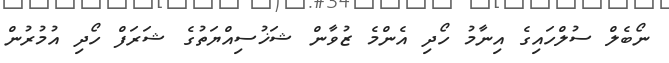
ނޯބެލް ސުލްހައިގެ އިނާމު ހޯދި އެންމެ ޒުވާން ޝަޚުސިއްޔަތުގެ ޝަރަފް ހޯދި އުމުރުން